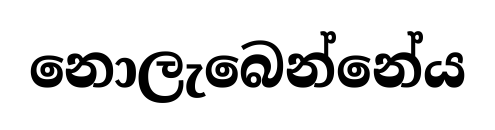
නොලැබෙන්නේය